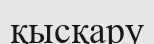
қысқару